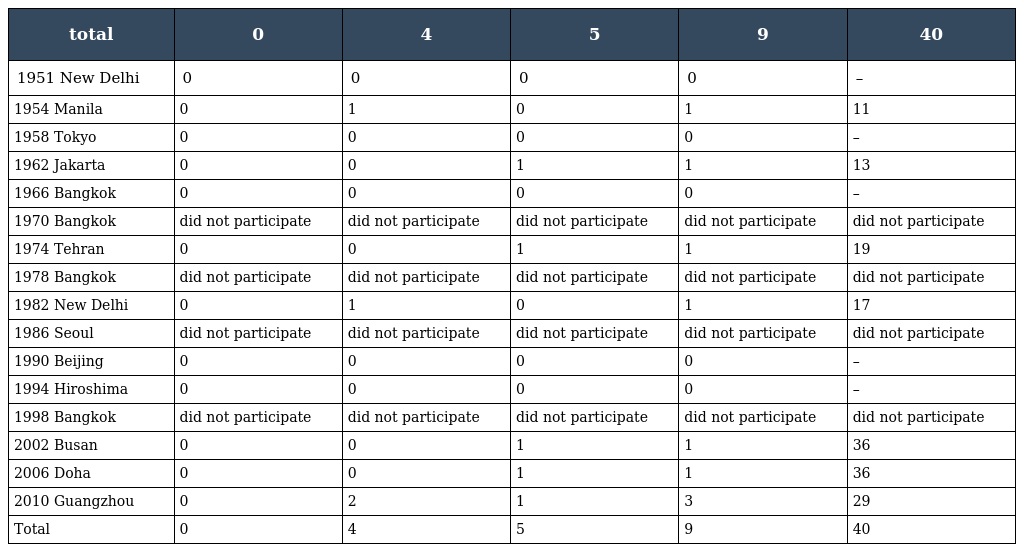
| total | 0 | 4 | 5 | 9 | 40 |
 | --- | --- | --- | --- | --- | --- |
 | 1951 New Delhi | 0 | 0 | 0 | 0 | – |
 | 1954 Manila | 0 | 1 | 0 | 1 | 11 |
 | 1958 Tokyo | 0 | 0 | 0 | 0 | – |
 | 1962 Jakarta | 0 | 0 | 1 | 1 | 13 |
 | 1966 Bangkok | 0 | 0 | 0 | 0 | – |
 | 1970 Bangkok | did not participate | did not participate | did not participate | did not participate | did not participate |
 | 1974 Tehran | 0 | 0 | 1 | 1 | 19 |
 | 1978 Bangkok | did not participate | did not participate | did not participate | did not participate | did not participate |
 | 1982 New Delhi | 0 | 1 | 0 | 1 | 17 |
 | 1986 Seoul | did not participate | did not participate | did not participate | did not participate | did not participate |
 | 1990 Beijing | 0 | 0 | 0 | 0 | – |
 | 1994 Hiroshima | 0 | 0 | 0 | 0 | – |
 | 1998 Bangkok | did not participate | did not participate | did not participate | did not participate | did not participate |
 | 2002 Busan | 0 | 0 | 1 | 1 | 36 |
 | 2006 Doha | 0 | 0 | 1 | 1 | 36 |
 | 2010 Guangzhou | 0 | 2 | 1 | 3 | 29 |
 | Total | 0 | 4 | 5 | 9 | 40 |